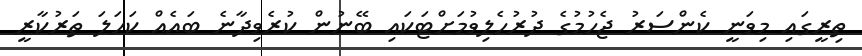
ތިރީގައި މިވަނީ ކެންސަރު ޖެހުމުގެ ދުރުހެލިވުމަށްޓަކައި ބޭނުން ކުރެވިދާނެ ބައެއް ކަހަލަ ތަރުކާރީ